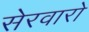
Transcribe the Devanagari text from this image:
सेरवारो